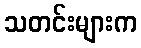
သတင်းများက